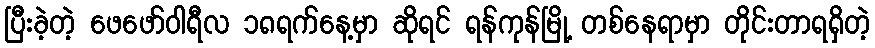
ပြီးခဲ့တဲ့ ဖေဖော်ဝါရီလ ၁၈ရက်နေ့မှာ ဆိုရင် ရန်ကုန်မြို့ တစ်နေရာမှာ တိုင်းတာရရှိတဲ့